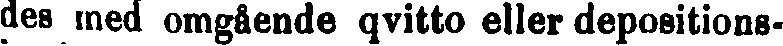
des med omgående qvitto eller depositions-